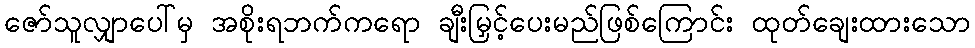
ဇော်သူလျှာပေါ်မှ အစိုးရဘက်ကရော ချီးမြှင့်ပေးမည်ဖြစ်ကြောင်း ထုတ်ချေးထားသော